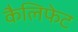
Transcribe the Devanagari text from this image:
कैलिफेट